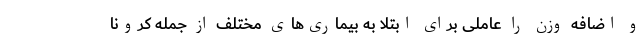
و اضافه وزن را عاملی برای ابتلا به بیماری‌های مختلف از جمله کرونا